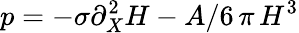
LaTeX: p=-\sigma\partial_{X}^{2}H-A/6\, \pi\, H^{3}